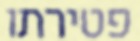
פטירתו